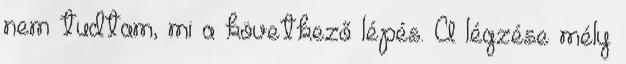
nem tudtam, mi a következő lépés. A légzése mély